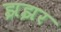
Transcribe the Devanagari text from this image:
झझर